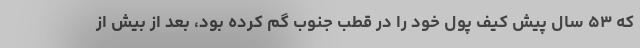
که ۵۳ سال پیش کیف پول خود را در قطب جنوب گم کرده بود، بعد از بیش از